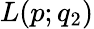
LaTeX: L(p;q_{2})